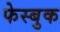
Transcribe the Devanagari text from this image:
फेस्बुक